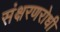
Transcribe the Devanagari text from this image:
संक्षरणरोधी